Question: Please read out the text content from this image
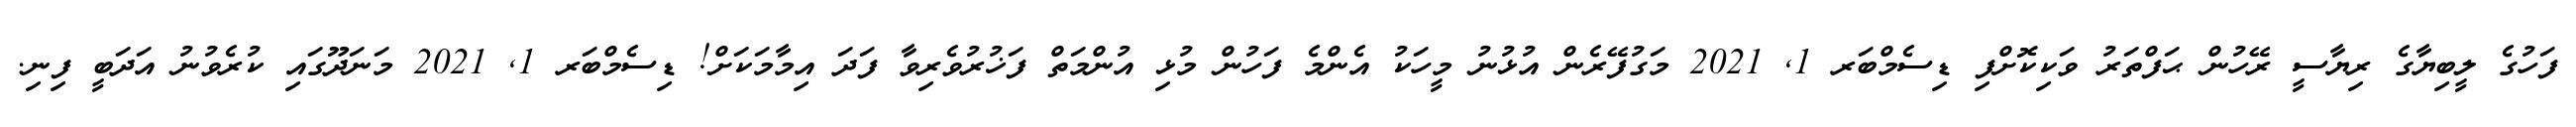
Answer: ފަހުގެ ލީބިޔާގެ ރިޔާސީ ރޭހުން ޙަފްތަރު ވަކިކޮށްފި ޑިސެމްބަރ 1, 2021 މަގުފޭރެން އުޅުނު މީހަކު އެންމެ ފަހުން މުޅި އުންމަތް ފަޚުރުވެރިވާ ފަދަ އިމާމަކަށް! ޑިސެމްބަރ 1, 2021 މަނަދޫގައި ކުރެވުނު އަދަބީ ފިނި.